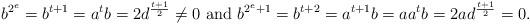
LaTeX: \begin{align*} b^{2^e}=b^{t+1}=a^{t}b=2d^{\frac{t+1}{2}}\neq0 \mbox{ and }b^{2^e+1}=b^{t+2}=a^{t+1}b=aa^tb=2ad^{\frac{t+1}{2}}=0.\end{align*}